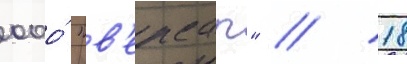
ооо́ "в'ерсар" // 18